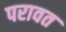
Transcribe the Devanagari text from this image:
परावत